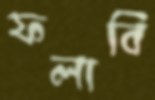
ফলাবি